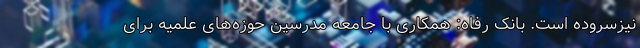
نیزسروده است. بانک رفاه: همکاری با جامعه مدرسین حوزه‌های علمیه برای